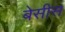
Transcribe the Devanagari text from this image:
बेसीस